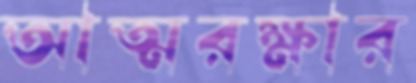
আত্মরক্ষার